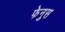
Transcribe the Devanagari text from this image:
फेनुस